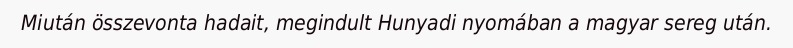
Miután összevonta hadait, megindult Hunyadi nyomában a magyar sereg után.